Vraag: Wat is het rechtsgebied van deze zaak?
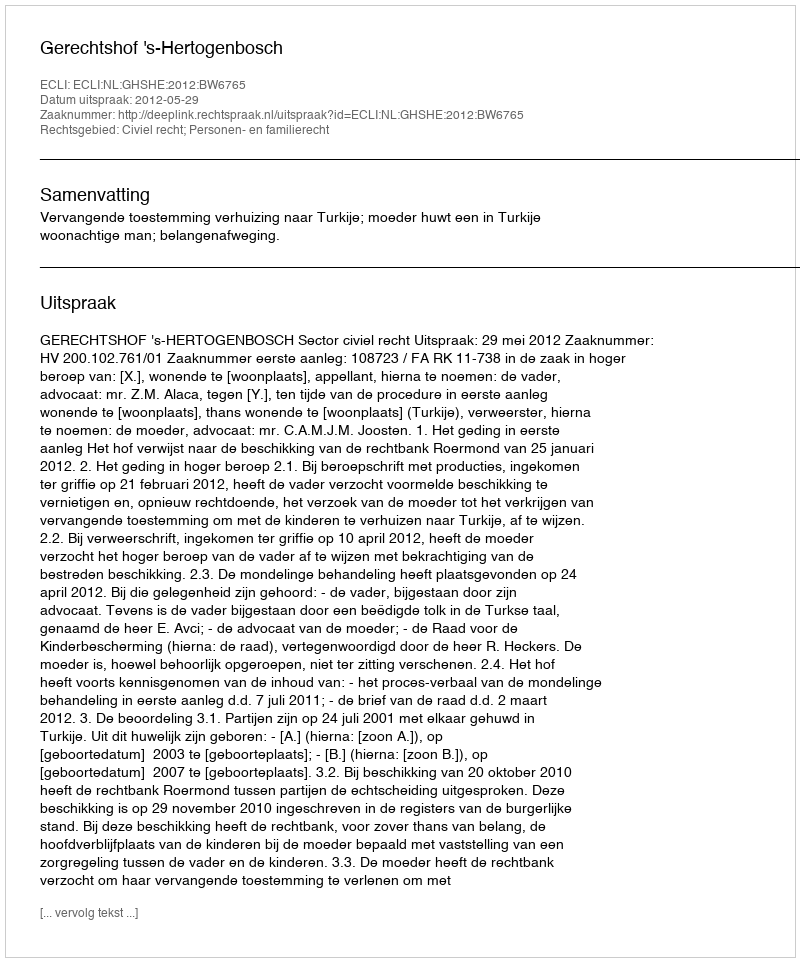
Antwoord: Civiel recht; Personen- en familierecht